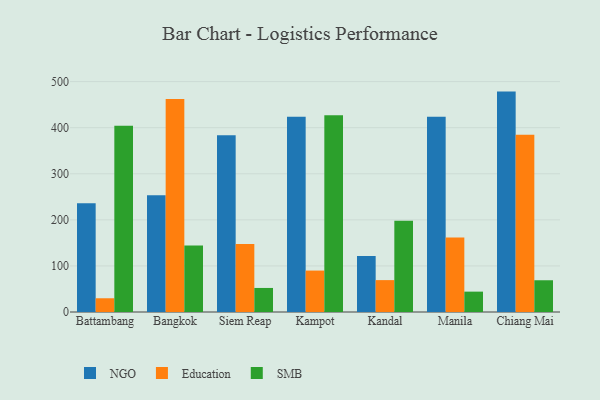
{"axis": {"x": "City", "y": "Shipments"}, "legend": ["Education", "NGO", "SMB"], "data": [{"x": "Battambang", "y": 236.1, "type": "NGO"}, {"x": "Battambang", "y": 29.8, "type": "Education"}, {"x": "Battambang", "y": 404.4, "type": "SMB"}, {"x": "Bangkok", "y": 253.6, "type": "NGO"}, {"x": "Bangkok", "y": 462.0, "type": "Education"}, {"x": "Bangkok", "y": 144.1, "type": "SMB"}, {"x": "Siem Reap", "y": 383.5, "type": "NGO"}, {"x": "Siem Reap", "y": 147.4, "type": "Education"}, {"x": "Siem Reap", "y": 52.2, "type": "SMB"}, {"x": "Kampot", "y": 423.6, "type": "NGO"}, {"x": "Kampot", "y": 89.9, "type": "Education"}, {"x": "Kampot", "y": 427.1, "type": "SMB"}, {"x": "Kandal", "y": 121.6, "type": "NGO"}, {"x": "Kandal", "y": 69.2, "type": "Education"}, {"x": "Kandal", "y": 198.1, "type": "SMB"}, {"x": "Manila", "y": 423.9, "type": "NGO"}, {"x": "Manila", "y": 161.7, "type": "Education"}, {"x": "Manila", "y": 44.2, "type": "SMB"}, {"x": "Chiang Mai", "y": 478.3, "type": "NGO"}, {"x": "Chiang Mai", "y": 384.6, "type": "Education"}, {"x": "Chiang Mai", "y": 68.9, "type": "SMB"}]}